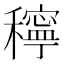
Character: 𥣗